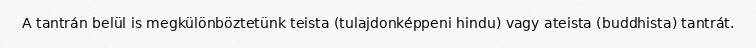
A tantrán belül is megkülönböztetünk teista (tulajdonképpeni hindu) vagy ateista (buddhista) tantrát.